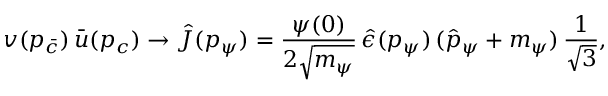
v ( p _ { \bar { c } } ) \, \bar { u } ( p _ { c } ) \to \hat { J } ( p _ { \psi } ) = { \frac { \psi ( 0 ) } { 2 \sqrt { \mathstrut m _ { \psi } } } } \, \hat { \epsilon } ( p _ { \psi } ) \, ( \hat { p } _ { \psi } + m _ { \psi } ) \, { \frac { 1 } { \sqrt { \mathstrut 3 } } } ,